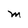
Character: M